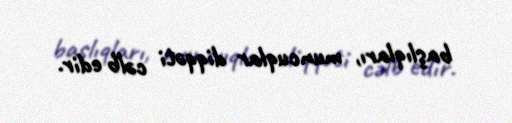
başlıqları, muncuqlar diqqəti cəlb edir.